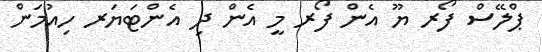
ޕްލޭސް ފޯރ ޔޫ އެން ފޯރ މީ އެން ދި އެންޓަޔަރ ހިއުމަން